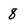
Character: 8